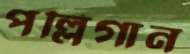
পল্লিগান